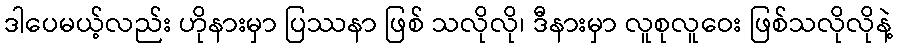
ဒါပေမယ့်လည်း ဟိုနားမှာ ပြဿနာ ဖြစ် သလိုလို၊ ဒီနားမှာ လူစုလူဝေး ဖြစ်သလိုလိုနဲ့